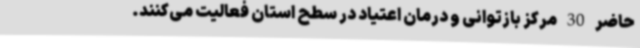
حاضر 30 مرکز بازتوانی و درمان اعتیاد در سطح استان فعالیت می‌کنند.